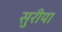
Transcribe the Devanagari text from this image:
सुरीया